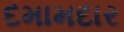
દમામદાર